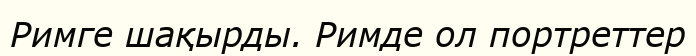
Римге шақырды. Римде ол портреттер